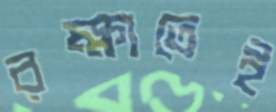
রক্ষাতেই